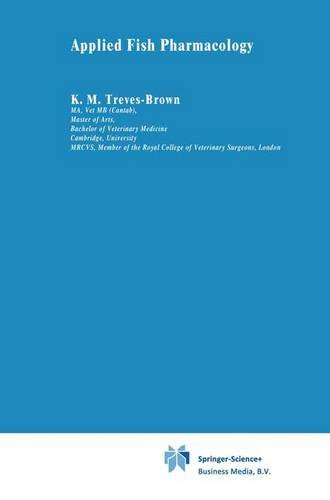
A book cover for Applied Fish Pharmacology (Aquaculture Series); K.M. Treves-Brown; Medical Books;